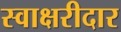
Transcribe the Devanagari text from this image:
स्वाक्षरीदार